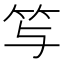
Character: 𥫣